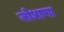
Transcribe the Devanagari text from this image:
जोधाणा